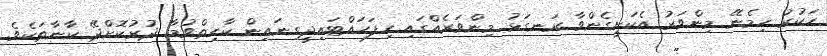
ހަކުރު ހިމެނޭ މިންވަރު އެކަށީގެންވާ ރަނގަޅު މިންވަރެއްގައި ހިފަހައްޓައިދީގިނައިން ކާހިތްވުމާ ދުރުކޮށްދޭ ކާނާތަކެވެ.